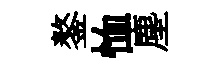
鏊恤塵